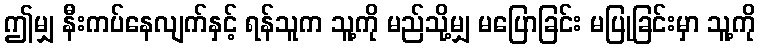
ဤမျှ နီးကပ်နေလျက်နှင့် ရန်သူက သူ့ကို မည်သို့မျှ မပြောခြင်း မပြုခြင်းမှာ သူ့ကို